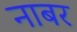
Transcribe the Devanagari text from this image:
नाबर